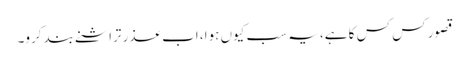
قصور کس کس کا ہے، یہ سب کیوں ہوا، اب عذر تراشنے بند کرو۔